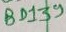
Text: BD139